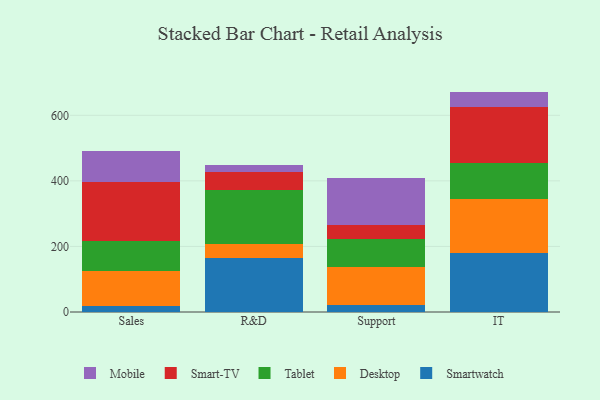
{"axis": {"x": "Department", "y": "Tickets Resolved"}, "legend": ["Desktop", "Mobile", "Smart-TV", "Smartwatch", "Tablet"], "data": [{"x": "Sales", "y": 17.5, "type": "Smartwatch"}, {"x": "Sales", "y": 107.7, "type": "Desktop"}, {"x": "Sales", "y": 92.9, "type": "Tablet"}, {"x": "Sales", "y": 177.5, "type": "Smart-TV"}, {"x": "Sales", "y": 96.8, "type": "Mobile"}, {"x": "R&D", "y": 165.1, "type": "Smartwatch"}, {"x": "R&D", "y": 43.4, "type": "Desktop"}, {"x": "R&D", "y": 164.8, "type": "Tablet"}, {"x": "R&D", "y": 52.3, "type": "Smart-TV"}, {"x": "R&D", "y": 23.2, "type": "Mobile"}, {"x": "Support", "y": 21.6, "type": "Smartwatch"}, {"x": "Support", "y": 116.0, "type": "Desktop"}, {"x": "Support", "y": 84.7, "type": "Tablet"}, {"x": "Support", "y": 44.2, "type": "Smart-TV"}, {"x": "Support", "y": 141.4, "type": "Mobile"}, {"x": "IT", "y": 178.9, "type": "Smartwatch"}, {"x": "IT", "y": 165.6, "type": "Desktop"}, {"x": "IT", "y": 109.3, "type": "Tablet"}, {"x": "IT", "y": 171.0, "type": "Smart-TV"}, {"x": "IT", "y": 47.5, "type": "Mobile"}]}